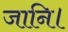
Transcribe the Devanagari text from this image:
जानि।